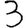
Digit: 3